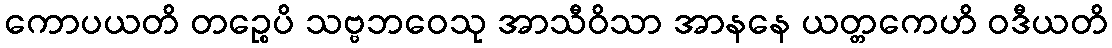
ကောပယတိ တဉ္စေပိ သဗ္ဗဘဝေသု အာသီဝိသာ အာနနေ ယတ္တကေဟိ ဝဒီယတိ